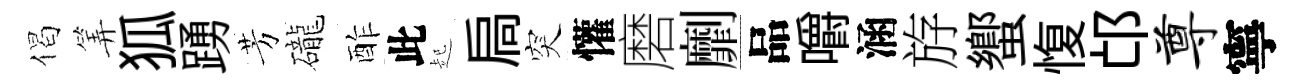
偈筭狐踴芳礲酢此起扃突懽磨劘品嚼涵斿蠁愎邙尊寧